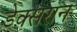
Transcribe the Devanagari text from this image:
डेक्सरान